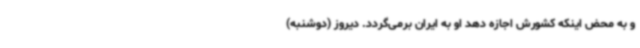
و به محض اینکه کشورش اجازه دهد او به ایران برمی‌گردد. دیروز (دوشنبه)